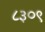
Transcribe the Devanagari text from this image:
८३०९